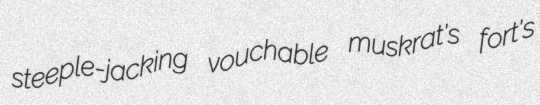
steeple-jacking vouchable muskrat's fort's